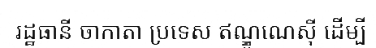
រដ្ឋធានី ចាកាតា ប្រទេស ឥណ្ឌូណេស៊ី ដើម្បី